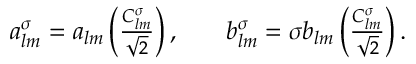
\begin{array} { r l r } { a _ { l m } ^ { \sigma } = a _ { l m } \left( \frac { C _ { l m } ^ { \sigma } } { \sqrt { 2 } } \right) , } & { { } } & { b _ { l m } ^ { \sigma } = \sigma b _ { l m } \left( \frac { C _ { l m } ^ { \sigma } } { \sqrt { 2 } } \right) . } \end{array}